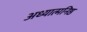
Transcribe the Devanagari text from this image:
अध्यात्मनिष्ठ